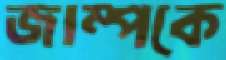
জাম্পকে